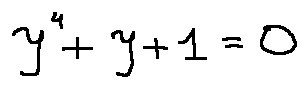
y ^ { 4 } + y + 1 = 0